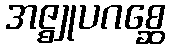
အဇ္ဈုပဂစ္ဆေ